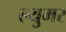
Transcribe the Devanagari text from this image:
ल्युमर